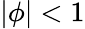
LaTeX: |\phi|<1